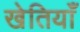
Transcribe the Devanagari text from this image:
खेतियाँ